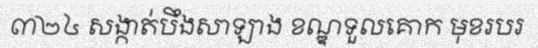
៣២៤ សង្កាត់បឹងសាឡាង ខណ្ឌទួលគោក មុខរបរ